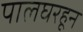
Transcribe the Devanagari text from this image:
पालघरहून